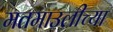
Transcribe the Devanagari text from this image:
मतमाउलीच्या